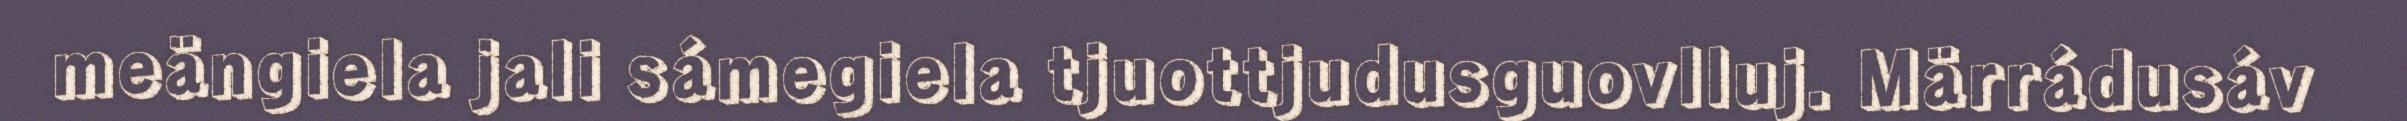
meängiela jali sámegiela tjuottjudusguovlluj. Märrádusáv